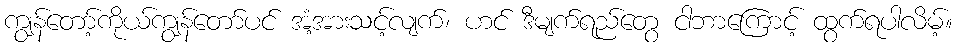
ကျွန်တော့်ကိုယ်ကျွန်တော်ပင် အံ့အားသင့်လျက်၊ ဟင် ဒီမျက်ရည်တွေ ငါဘာကြောင့် ထွက်ရပါလိမ့်။